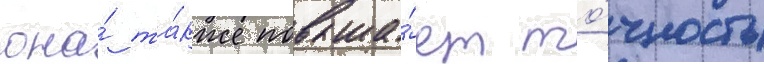
она́ та́кже повыша́ет то́чность